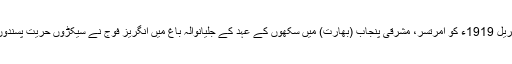
وکی پیڈیا کے مطابق 13 اپریل 1919ء کو امرتسر، مشرقی پنجاب (بھارت) میں سکھوں کے عہد کے جلیانوالہ باغ میں انگریز فوج نے سیکڑوں حریت پسندوں کو گولی مار کر ہلاک کیا۔